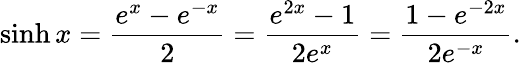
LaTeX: \sinh x={\frac{e^{x}-e^{-x}}{2}}={\frac{e^{2x}-1}{2e^{x}}}={\frac{1-e^{-2x}}{2e^{-x}}}.